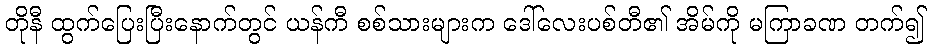
တိုနီ ထွက်ပြေးပြီးနောက်တွင် ယန်ကီ စစ်သားများက ဒေါ်လေးပစ်တီ၏ အိမ်ကို မကြာခဏ တက်၍